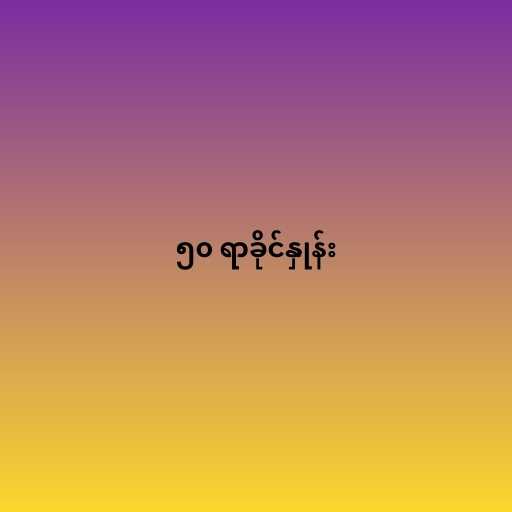
၅၀ ရာခိုင်နှုန်း